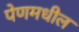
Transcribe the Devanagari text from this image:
पेणमधील